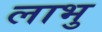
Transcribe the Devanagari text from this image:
लाभु